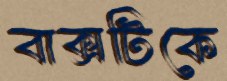
বাক্সটিকে